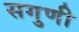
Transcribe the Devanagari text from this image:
सगुणी